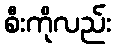
စီးကိုလည်း